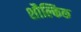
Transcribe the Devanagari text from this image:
शौल्किक